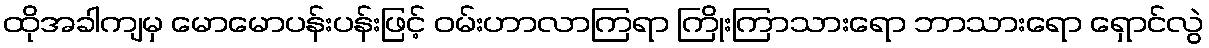
ထိုအခါကျမှ မောမောပန်းပန်းဖြင့် ဝမ်းဟာလာကြရာ ကြိုးကြာသားရော ဘာသားရော ရှောင်လွဲ